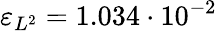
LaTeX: \varepsilon_{L^{2}}=1.034\cdot 10^{-2}